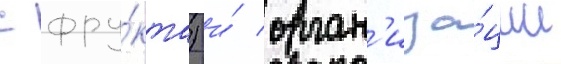
с фру́кта) и́ орган'иза́ции